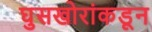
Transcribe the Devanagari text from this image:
घुसखोरांकडून